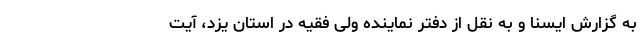
به گزارش ایسنا و به نقل از دفتر نماینده ولی فقیه در استان یزد، آیت